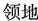
领地